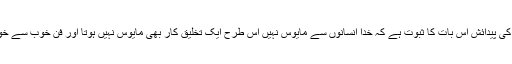
انہوں نے اپنا اورمعاشرے کا احتساب بھی کیا جیسے ہر نئے بچے کی پیدائش اِس بات کا ثبوت ہے کہ خدا انسانوں سے مایوس نہیں اس طرح ایک تخلیق کار بھی مایوس نہیں ہوتا اور فن خوب سے خوب تر کی طرف ایک مسلسل سفر کی صورت میں جاری رہتا ہے ۔